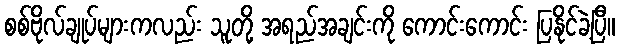
စစ်ဗိုလ်ချုပ်များကလည်း သူတို့ အရည်အချင်းကို ကောင်းကောင်း ပြနိုင်ခဲ့ပြီ။